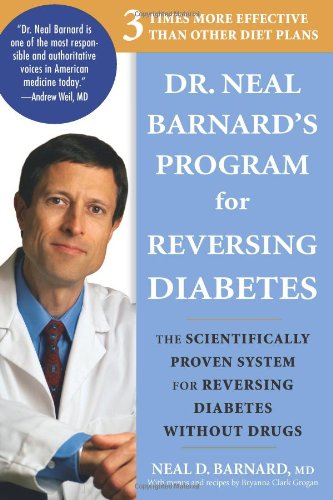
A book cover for Dr. Neal Barnard's Program for Reversing Diabetes: The Scientifically Proven System for Reversing Diabetes without Drugs; Neal D. Barnard; Cookbooks, Food & Wine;